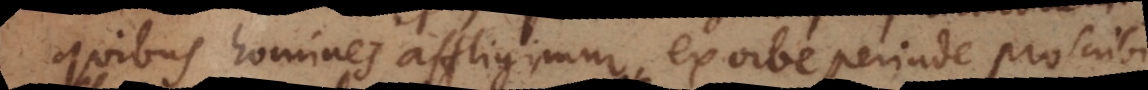
quibus homines affligimur, ex orbe perinde pr